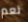
نعم